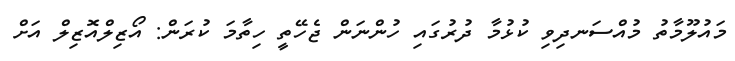
މައުލޫމާތު މުއްސަނދިވި ކުޅުމާ ދުރުގައި ހުންނަން ޖެހޭތީ ހިތާމަ ކުރަން: އޯޒިލްއޮޒިލް އަށް